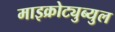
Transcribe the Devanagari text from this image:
माइक्रोट्युब्युल